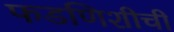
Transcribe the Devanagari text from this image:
फडणिशीची